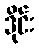
ဒိုင်း